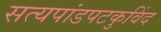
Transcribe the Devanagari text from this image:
सत्यपांडपटकुविंद